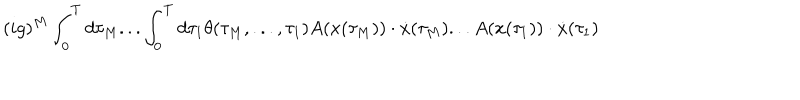
LaTeX: ( i g ) ^ { M } \int _ { 0 } ^ { T } d \tau _ { M } . . . \int _ { 0 } ^ { T } d \tau _ { 1 } \theta ( \tau _ { M } , . . . , \tau _ { 1 } ) A ( x ( \tau _ { M } ) ) \cdot \dot { x } ( \tau _ { M } ) . . . A ( x ( \tau _ { 1 } ) ) \cdot \dot { x } ( \tau _ { 1 } )